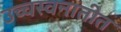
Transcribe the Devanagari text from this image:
उच्चस्वनातीत